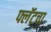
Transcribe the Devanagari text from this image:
फ्लॅटचा